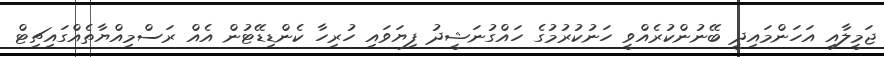
ޖަމީލާއި އަހަންމައިދީ ބޭނުންކުރެއްވީ ހަނުކުރުމުގެ ހައްގުނަޝީދު ފިޔަވައި ހުރިހާ ކެންޑިޑޭޓުން އެއް ރަސްމިއްޔާތެއްގައިޗިޓް